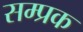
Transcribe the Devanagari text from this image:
सम्प्रक